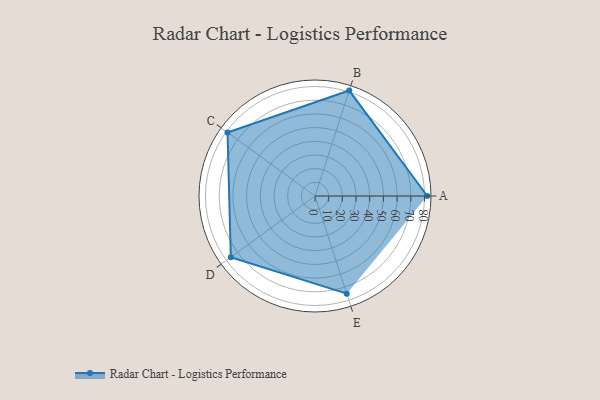
{"axis": {"x": "Skill", "y": "Score"}, "legend": ["Profile"], "data": [{"x": "A", "y": 82.0, "type": "Profile"}, {"x": "B", "y": 81.0, "type": "Profile"}, {"x": "C", "y": 79.0, "type": "Profile"}, {"x": "D", "y": 76.0, "type": "Profile"}, {"x": "E", "y": 75.0, "type": "Profile"}]}